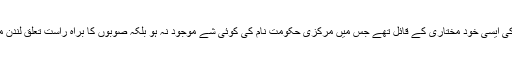
وہ تو ہندوستان کے اندر صوبوں کی ایسی خود مختاری کے قائل تھے جس میں مرکزی حکومت نام کی کوئی شے موجود نہ ہو بلکہ صوبوں کا براہِ راست تعلق لندن میں بیٹھے ہوئے وزیرِ ہند سے ہو۔